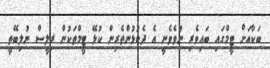
ބަކާއަށް ޓީމްގައި ބައިވެރި ނުވެވެނީ އެ ދެކުޅުންތެރިން ކުޅޭ ޓީމްތަކުން ރިލީސް ނުލިބޭތީ